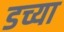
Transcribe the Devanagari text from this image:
डच्या